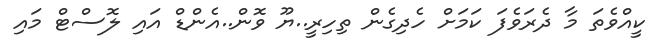
ކީއްވެތަ މާ ދެރަވެފަ ކަމަށް ހެދިގެން ތިހިރީ..ޔޫ ވޮން..އެންޑް އައި ލޮސްޓް މައި